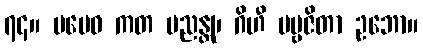
၇၄။ မမေဝ ကတ မညန္တု၊ ဂိဟီ ပဗ္ဗဇိတာ ဥဘော။